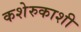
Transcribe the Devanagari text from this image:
कशेरुकाशी